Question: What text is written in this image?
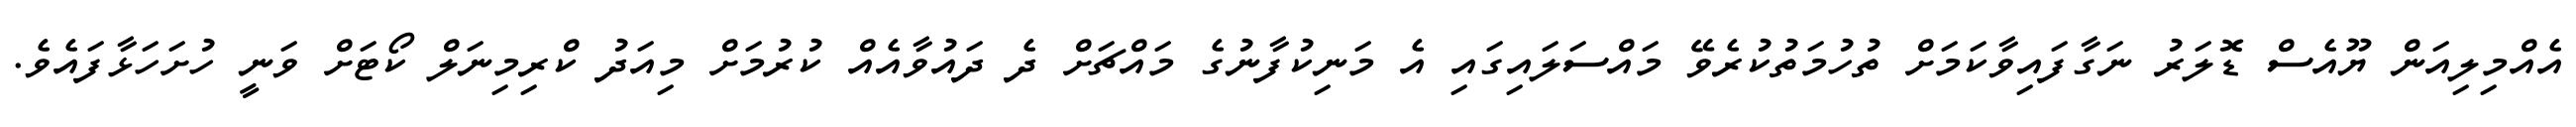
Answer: އެއްމިލިއަން ޔޫއެސް ޑޮލަރު ނަގާފައިވާކަމަށް ތުހުމަތުކުރެވޭ މައްސަލައިގައި އެ މަނިކުފާނުގެ މައްޗަށް ދެ ދައުވާއެއް ކުރުމަށް މިއަދު ކްރިމިނަލް ކޯޓަށް ވަނީ ހުށަހަޅާފައެވެ.